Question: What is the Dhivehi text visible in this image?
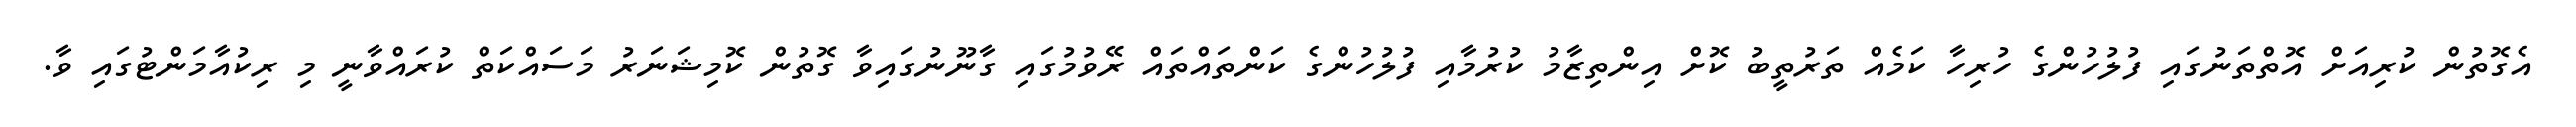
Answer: އެގޮތުން ކުރިއަށް އޮތްތަނުގައި ފުލުހުންގެ ހުރިހާ ކަމެއް ތަރުތީބު ކޮށް އިންތިޒާމު ކުރުމާއި ފުލުހުންގެ ކަންތައްތައް ރޭވުމުގައި ގާނޫނުގައިވާ ގޮތުން ކޮމިޝަނަރު މަސައްކަތް ކުރައްވާނީ މި ރިކުއާމަންޓުގައި ވާ.